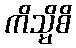
ကိသ္မိစိ